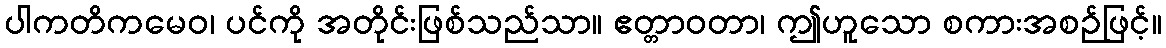
ပါကတိကမေဝ၊ ပင်ကို အတိုင်းဖြစ်သည်သာ။ ဧတ္တာဝတာ၊ ဤဟူသော စကားအစဉ်ဖြင့်။